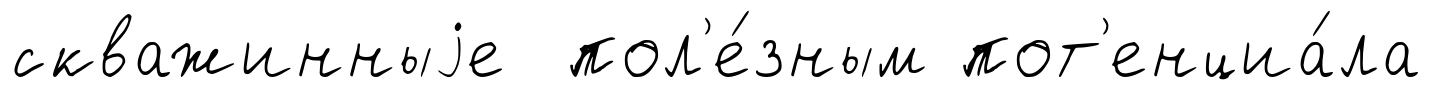
скважинныjе пол'е́зным пот'енциа́ла